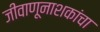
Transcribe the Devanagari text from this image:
जीवाणूनाशकांचा